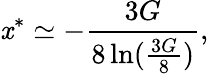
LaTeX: \mathit{x}^{*}\simeq-{\frac{{3G}}{{8\ln({\frac{{3G}}{{8}}})}}},